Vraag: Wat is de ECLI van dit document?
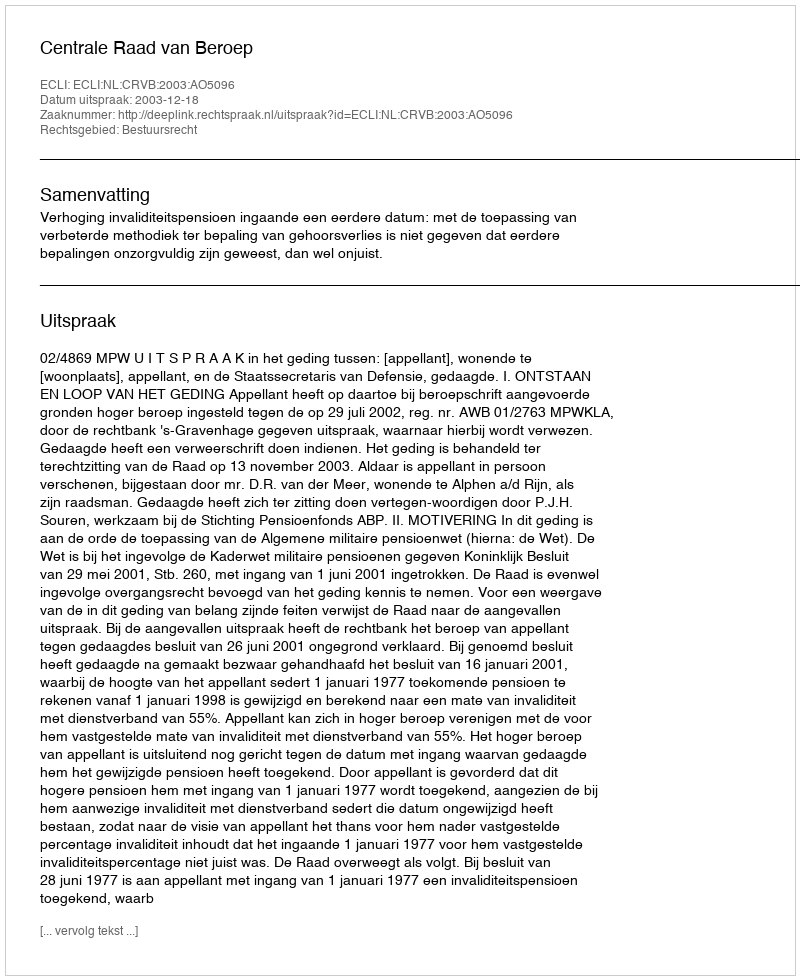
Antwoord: ECLI:NL:CRVB:2003:AO5096